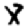
Digit: 8